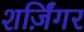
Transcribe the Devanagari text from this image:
शर्ज़िंगर